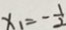
x _ { 1 } = - \frac { 1 } { 2 }